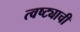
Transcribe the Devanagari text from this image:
त्वष्ट्याची